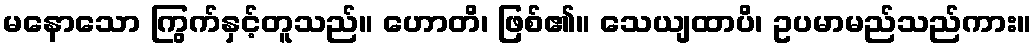
မနောသော ကြွက်နှင့်တူသည်။ ဟောတိ၊ ဖြစ်၏။ သေယျထာပိ၊ ဥပမာမည်သည်ကား။